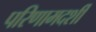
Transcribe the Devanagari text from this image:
परिणामदर्शी